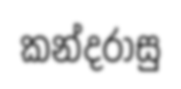
කන්දරාසු